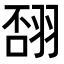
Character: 𦐸